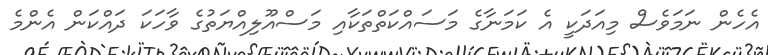
އެހެން ނަމަވެސް މިއަދަކީ އެ ކަމަނާގެ މަސައްކަތްތަކާއި މަސްއޫލިއްޔަތުގެ ވާހަކަ ދައްކަން އެންމެ